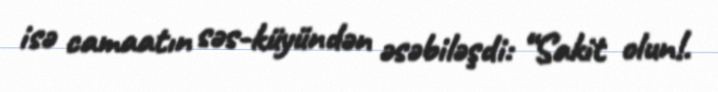
isə camaatın səs-küyündən əsəbiləşdi: “Sakit olun!.